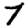
Digit: 7